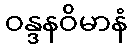
ဝန္ဒနဝိမာနံ